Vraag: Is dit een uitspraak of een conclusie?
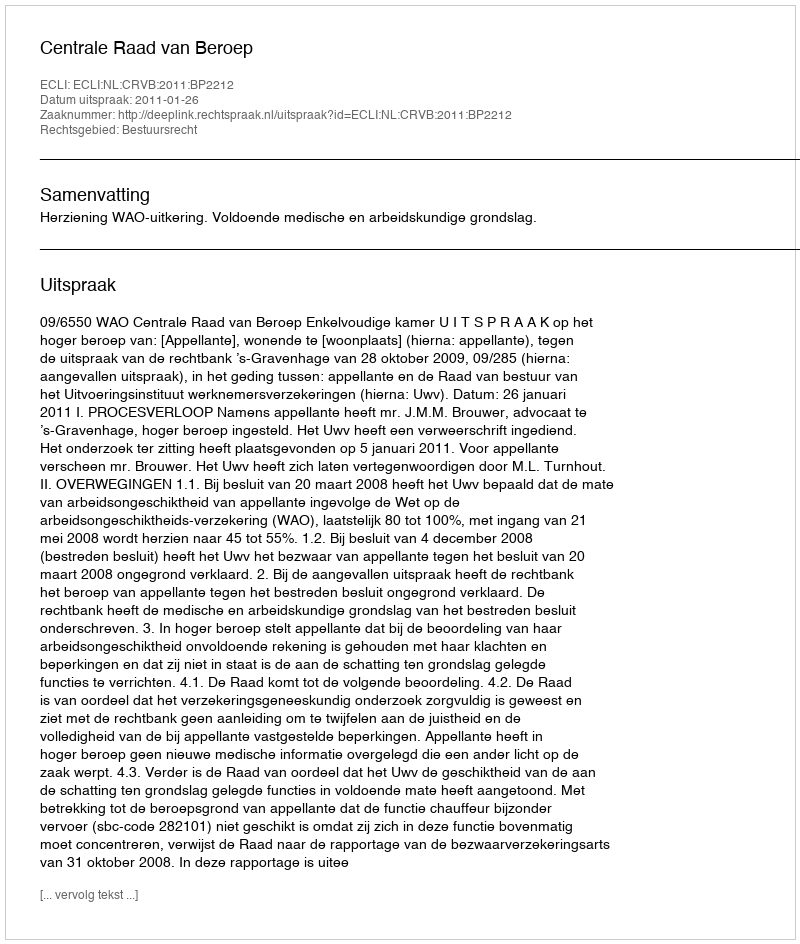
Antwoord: Uitspraak